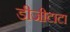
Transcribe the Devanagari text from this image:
डीजीटाटा